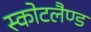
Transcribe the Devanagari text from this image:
स्कोटलैण्ड